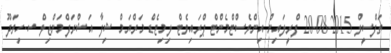
ތަފްސީލް 2015-08-20 ފްރީލައިން އިންވެސްޓްމެންޓް ޕްރައިވެޓް ލިމިޓެޑް މަރްޔަމް ޝިފާ އަޝްރަފްމަންޒިލް ސ.ހިތަދޫ